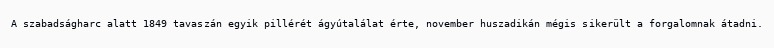
A szabadságharc alatt 1849 tavaszán egyik pillérét ágyútalálat érte, november huszadikán mégis sikerült a forgalomnak átadni.